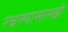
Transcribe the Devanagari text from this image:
रचल्यासारखी